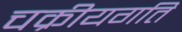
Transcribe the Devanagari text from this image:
चक्रीयगति